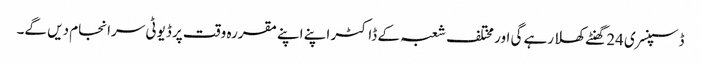
ڈسپنسری 24 گھنٹے کھلا رہے گی اور مختلف شعبہ کے ڈاکٹر اپنے اپنے مقررہ وقت پر ڈیوٹی سرانجام دیں گے۔